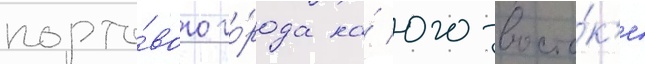
порто́вого го́рода на́ юго-восто́к'е